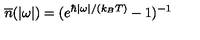
{ \overline { n } } ( | \omega | ) = ( e ^ { \hbar | \omega | / ( k _ { B } T ) } - 1 ) ^ { - 1 }